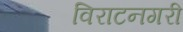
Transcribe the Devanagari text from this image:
विराटनगरी